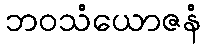
ဘဝသံယောဇနံ